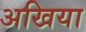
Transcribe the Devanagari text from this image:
अखिया